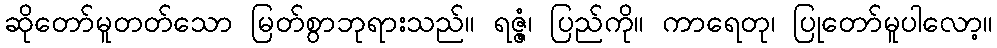
ဆိုတော်မူတတ်သော မြတ်စွာဘုရားသည်။ ရဇ္ဇံ၊ ပြည်ကို။ ကာရေတု၊ ပြုတော်မူပါလော့။